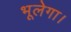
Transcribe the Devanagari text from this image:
भूलेगा।